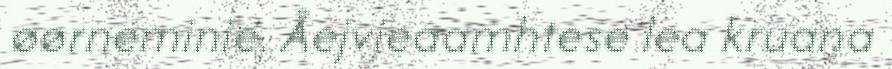
øørneminie. Åejvieaamhtese lea kruana